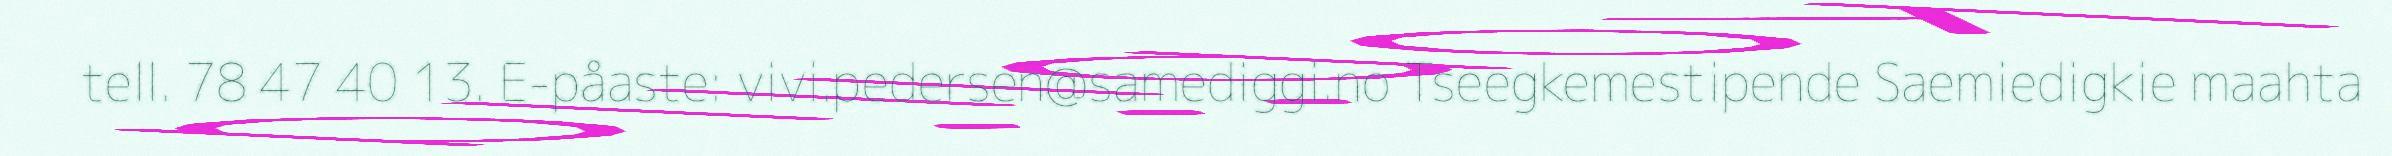
tell. 78 47 40 13. E-påaste: vivi.pedersen@samediggi.no Tseegkemestipende Saemiedigkie maahta